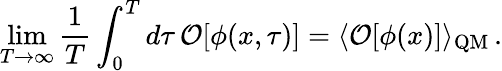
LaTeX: \operatorname*{lim}_{T\to\infty}\frac{1}{T}\int_{0}^{T}d\tau\, {\cal O}[\phi(x,\tau)]=\langle{\cal O}[\phi(x)]\rangle_{\mathrm{QM}}\, .